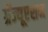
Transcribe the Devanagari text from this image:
ग्रॅज्यूएशन